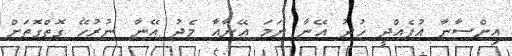
އިންސާނާ އުފެއްދީ ޚުދު އޭނާ ނަމަ އޭނާއާ މެދު އޭނާ ނުރުހޭ ގޮތްގޮތަށް